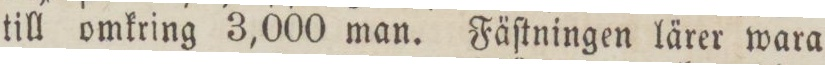
till omkring 3,000 man. Fäſtningen lärer wara